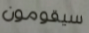
سيقومون